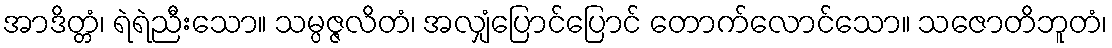
အာဒိတ္တံ၊ ရဲရဲညီးသော။ သမ္ပဇ္ဇလိတံ၊ အလျှံပြောင်ပြောင် တောက်လောင်သော။ သဇောတိဘူတံ၊